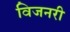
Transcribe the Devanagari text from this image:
विजनरी